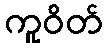
ကူဝိတ်